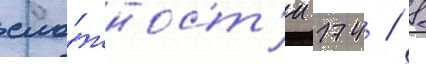
сло́жност'и 174 / 8